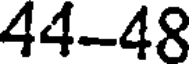
44-48